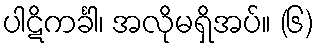
ပါဋိကင်္ခါ၊ အလိုမရှိအပ်။ (၆)